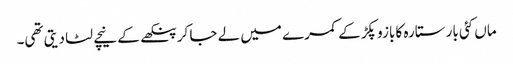
ماں کئی بار ستارہ کا بازو پکڑ کے کمرے میں لے جا کر پنکھے کے نیچے لٹا دیتی تھی۔